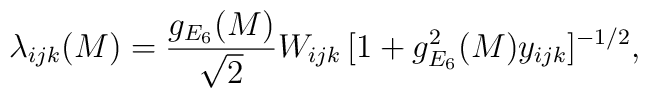
\lambda_{ijk}(M) = \frac{g_{E_6}(M)}{\sqrt{2}}W_{ijk}\,[1+g_{E_6}^2(M)y_{ijk}]^{-1/2},